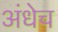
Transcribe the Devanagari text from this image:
अंधेच